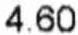
4.60